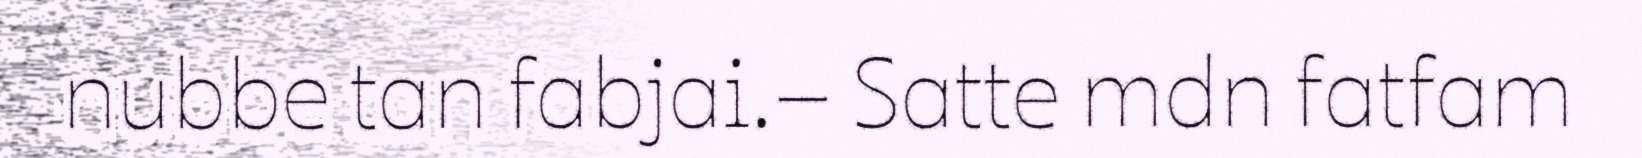
nubbe tan fabjai.– Satte mdn fatfam